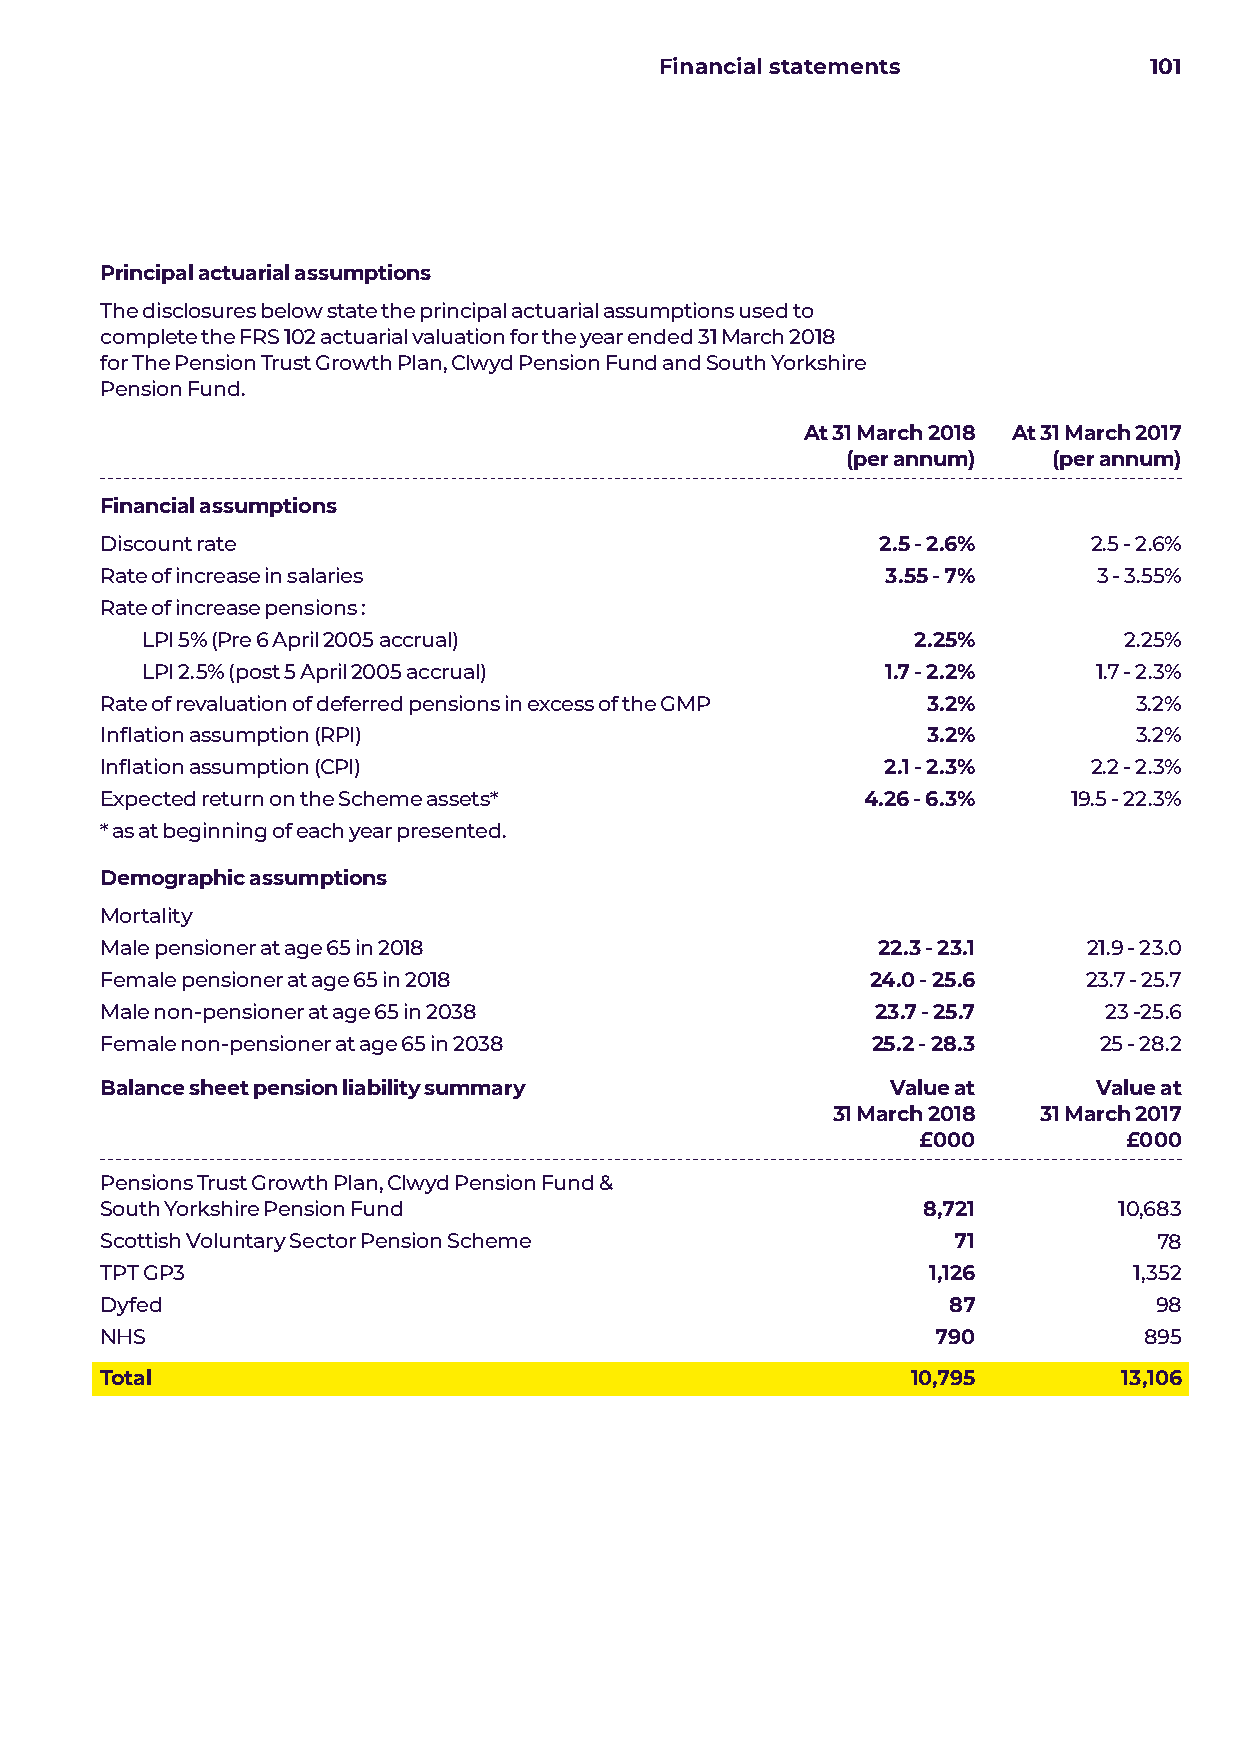
Financial statements            101
 Principal actuarial assumptions
 The disclosures below state the principal actuarial assumptions used to
 complete the FRS 102 actuarial valuation for the year ended 31 March 2018
 for The Pension Trust Growth Plan, Clwyd Pension Fund and South Yorkshire
 Pension Fund.
 At 31 March 2018 At 31 March 2017
 (per annum)   (per annum)
 Financial assumptions
 Discount rate                                      2.5 - 2.6%    2.5 - 2.6%
 Rate of increase in salaries                        3.55 - 7%     3 - 3.55%
 Rate of increase pensions :
 LPI 5% (Pre 6 April 2005 accrual)                  2.25%         2.25%
 LPI 2.5% (post 5 April 2005 accrual)              1.7 - 2.2%    1.7 - 2.3%
 Rate of revaluation of deferred pensions in excess of the GMP 3.2%  3.2%
 Inflation assumption (RPI)                            3.2%          3.2%
 Inflation assumption (CPI)                          2.1 - 2.3%   2.2 - 2.3%
 Expected return on the Scheme assets*             4.26 - 6.3%   19.5 - 22.3%
 * as at beginning of each year presented.
 Demographic assumptions
 Mortality
 Male pensioner at age 65 in 2018                   22.3 - 23.1   21.9 - 23.0
 Female pensioner at age 65 in 2018                 24.0 - 25.6   23.7 - 25.7
 Male non-pensioner at age 65 in 2038               23.7 - 25.7    23 -25.6
 Female non-pensioner at age 65 in 2038             25.2 - 28.3    25 - 28.2
 Balance sheet pension liability summary             Value at      Value at
 31 March 2018 31 March 2017
 £000         £000
 Pensions Trust Growth Plan, Clwyd Pension Fund &
 South Yorkshire Pension Fund                          8,721        10,683
 Scottish Voluntary Sector Pension Scheme                71            78
 TPT GP3                                               1,126         1,352
 Dyfed                                                   87           98
 NHS                                                    790           895
 Total                                                10,795        13,106